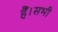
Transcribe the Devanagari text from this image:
हैं।सभी